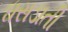
ઘસડાતી